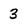
Character: 3